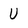
Character: U